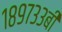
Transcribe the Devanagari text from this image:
१८९७३३बी